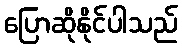
ပြောဆိုနိုင်ပါသည်